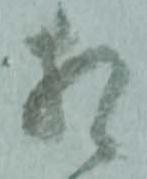
相